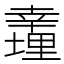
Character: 𢆪